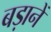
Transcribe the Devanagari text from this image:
बड़ानें